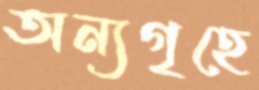
অন্যগৃহে